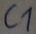
Text: C1